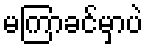
မကြာခင်မှာပဲ